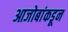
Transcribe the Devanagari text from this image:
आजोबांकडून